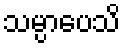
သမ္ပာပေသိ